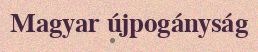
Magyar újpogányság